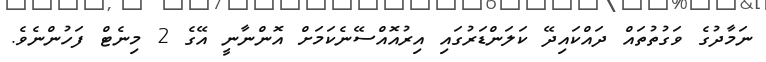
ނަމާދުގެ ވަގުތުތައް ދައްކައިދޭ ކަލަންޑަރުގައި އިރުއޮއްސޭނެކަމަށް އޮންނާނީ އޭގެ 2 މިނެޓް ފަހުންނެވެ.